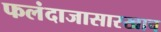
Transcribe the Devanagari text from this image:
फलंदाजासारखाच